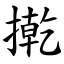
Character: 㨴